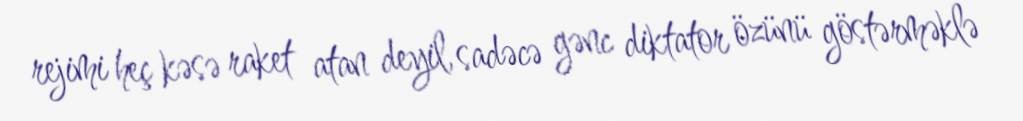
rejimi heç kəsə raket atan deyil, sadəcə gənc diktator özünü göstərməklə